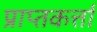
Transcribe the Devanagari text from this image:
प्राप्तकर्त्ता